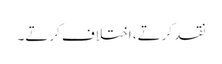
نقد کرتے، اختلاف کرتے۔